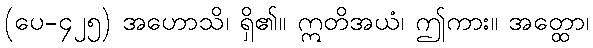
(ပေ-၄၂၅) အဟောသိ၊ ရှိ၏။ ဣတိအယံ၊ ဤကား။ အတ္ထော၊